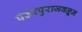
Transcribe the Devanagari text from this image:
पंढरपुराजवळून